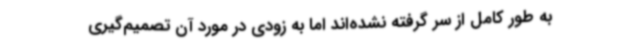
به طور کامل از سر گرفته نشده‌اند اما به زودی در مورد آن تصمیم‌گیری